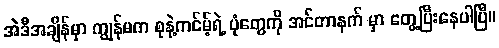
အဲဒီအချိန်မှာ ကျွန်မက စုနဲ့ကင်မ့်ရဲ့ ပုံတွေကို အင်တာနက် မှာ တွေ့ပြီးနေပါပြီ။